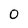
Character: 0